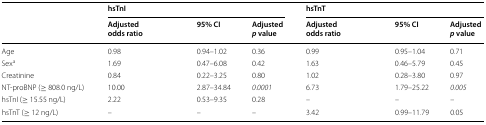
<table><thead><tr><td rowspan="2"></td><td colspan="3"><b>hsTnI</b></td><td colspan="3"><b>hsTnT</b></td></tr><tr><td><b>Adjusted odds ratio</b></td><td><b>95% CI</b></td><td><b>Adjusted<i>p</i> value</b></td><td><b>Adjusted odds ratio</b></td><td><b>95% CI</b></td><td><b>Adjusted<i>p</i> value</b></td></tr></thead><tbody><tr><td>Age</td><td>0.98</td><td>0.94–1.02</td><td>0.36</td><td>0.99</td><td>0.95–1.04</td><td>0.71</td></tr><tr><td>Sex<sup>a</sup></td><td>1.69</td><td>0.47–6.08</td><td>0.42</td><td>1.63</td><td>0.46–5.79</td><td>0.45</td></tr><tr><td>Creatinine</td><td>0.84</td><td>0.22–3.25</td><td>0.80</td><td>1.02</td><td>0.28–3.80</td><td>0.97</td></tr><tr><td>NT-proBNP (≥ 808.0 ng/L)</td><td>10.00</td><td>2.87–34.84</td><td><i>0.0001</i></td><td>6.73</td><td>1.79–25.22</td><td><i>0.005</i></td></tr><tr><td>hsTnI (≥ 15.55 ng/L)</td><td>2.22</td><td>0.53–9.35</td><td>0.28</td><td>–</td><td>–</td><td>–</td></tr><tr><td>hsTnT (≥ 12 ng/L)</td><td>–</td><td>–</td><td>–</td><td>3.42</td><td>0.99–11.79</td><td>0.05</td></tr></tbody></table>